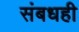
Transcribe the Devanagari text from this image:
संबधही